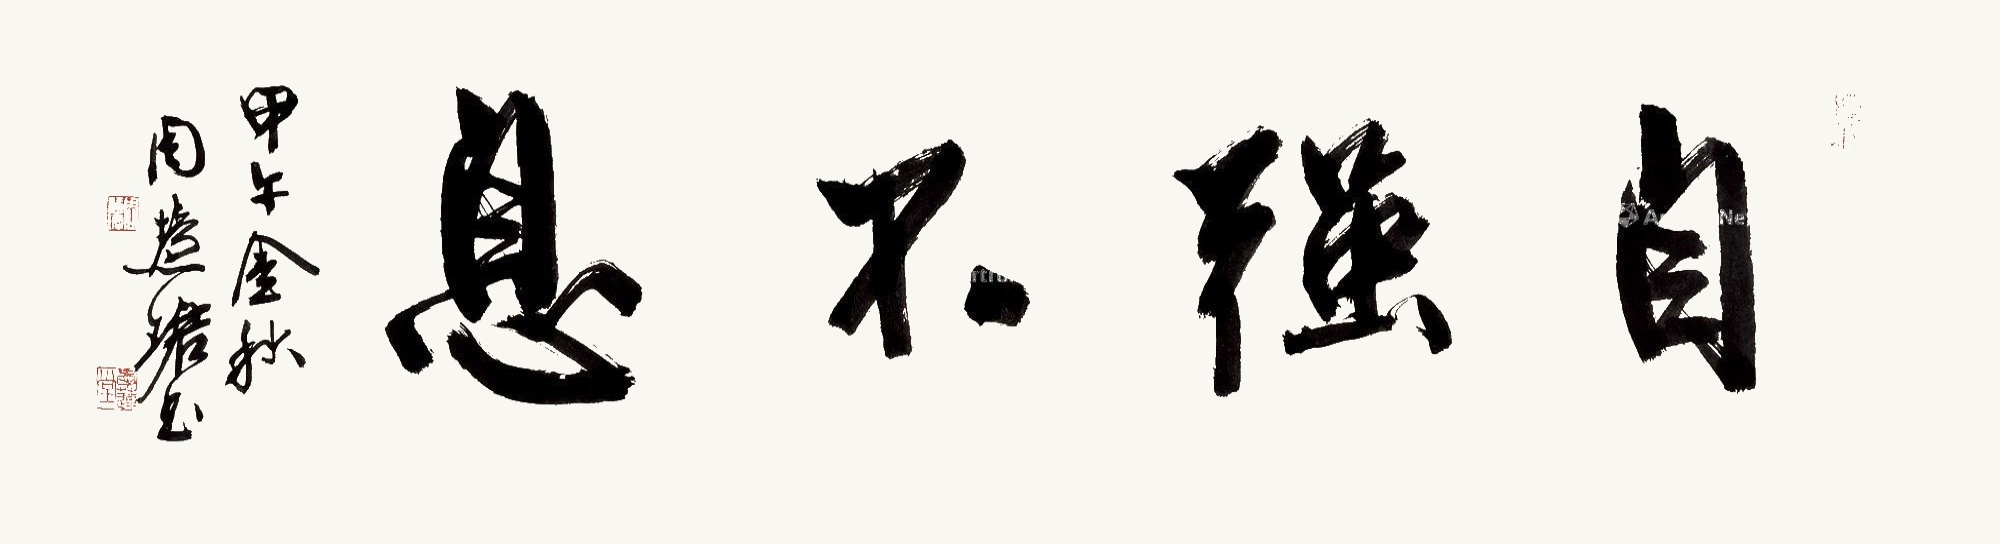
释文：自强不息。甲午金秋，周慧珺书。